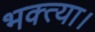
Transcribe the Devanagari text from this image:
भक्त्या।